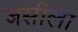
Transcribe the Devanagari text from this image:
जर्सीला